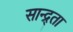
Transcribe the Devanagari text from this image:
सान्द्र्ता